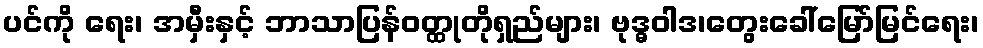
ပင်ကို ရေး၊ အမှီးနှင့် ဘာသာပြန်ဝတ္ထုတိုရှည်များ၊ ဗုဒ္ဓဝါဒ၊တွေးခေါ်မြော်မြင်ရေး၊